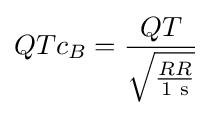
QTc_{B}={QT \over {\sqrt {RR \over 1{\text{ s}}}}}